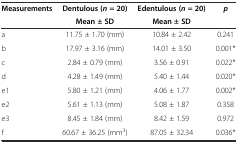
| <ROWSPAN=2> Measurements | Dentulous (n= 20) | Edentulous (n= 20) | <ROWSPAN=2> p |
 | Mean ± SD | Mean ± SD |
 | --- | --- | --- | --- |
 | a | 11.75 ± 1.70 (mm) | 10.84 ± 2.42 | 0.241 |
 | b | 17.97 ± 3.16 (mm) | 14.01 ± 3.50 | 0.001* |
 | c | 2.84 ± 0.79 (mm) | 3.56 ± 0.91 | 0.022* |
 | d | 4.28 ± 1.49 (mm) | 5.40 ± 1.44 | 0.020* |
 | e1 | 5.80 ± 1.21 (mm) | 4.06 ± 1.77 | 0.002* |
 | e2 | 5.61 ± 1.13 (mm) | 5.08 ± 1.87 | 0.358 |
 | e3 | 8.45 ± 1.84 (mm) | 8.42 ± 1.59 | 0.972 |
 | f | 60.67 ± 36.25 (mm3) | 87.05 ± 32.34 | 0.036* |